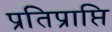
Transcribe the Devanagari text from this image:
प्रतिप्राप्ति